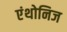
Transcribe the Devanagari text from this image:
एंथोनिज